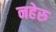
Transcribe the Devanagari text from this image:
नहेरु